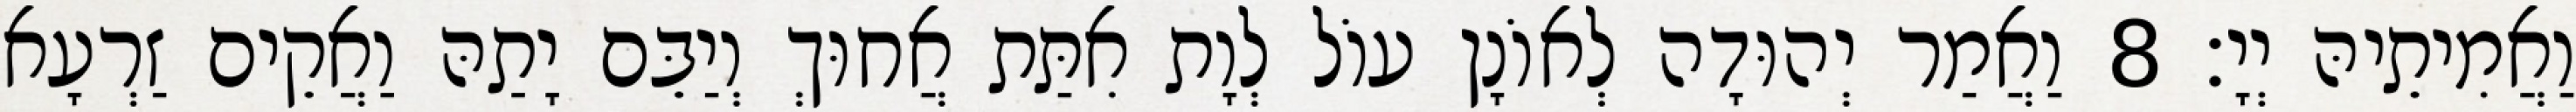
וַאֲמִיתֵיהּ יְיָ׃ 8 וַאֲמַר יְהוּדָה לְאוֹנָן עוֹל לְוָת אִתַּת אֲחוּךְ וְיַבֵּם יָתַהּ וַאֲקֵים זַרְעָא